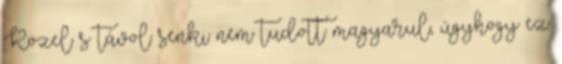
Közel s távol senki nem tudott magyarul, úgyhogy ez